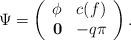
LaTeX: \begin{align*}\Psi= \left(\begin{array}{cc}\phi & c(f)\\\mathbf{0} & -q\pi\end{array}\right).\end{align*}